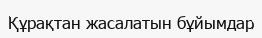
Құрақтан жасалатын бұйымдар